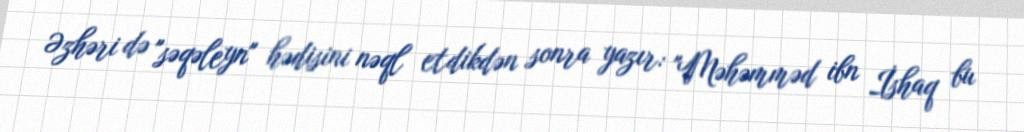
Əzhəri də "səqəleyn" hədisini nəql etdikdən sonra yazır: "Məhəmməd ibn İshaq bu